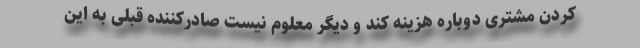
کردن مشتری دوباره هزینه کند و دیگر معلوم نیست صادرکننده قبلی به این